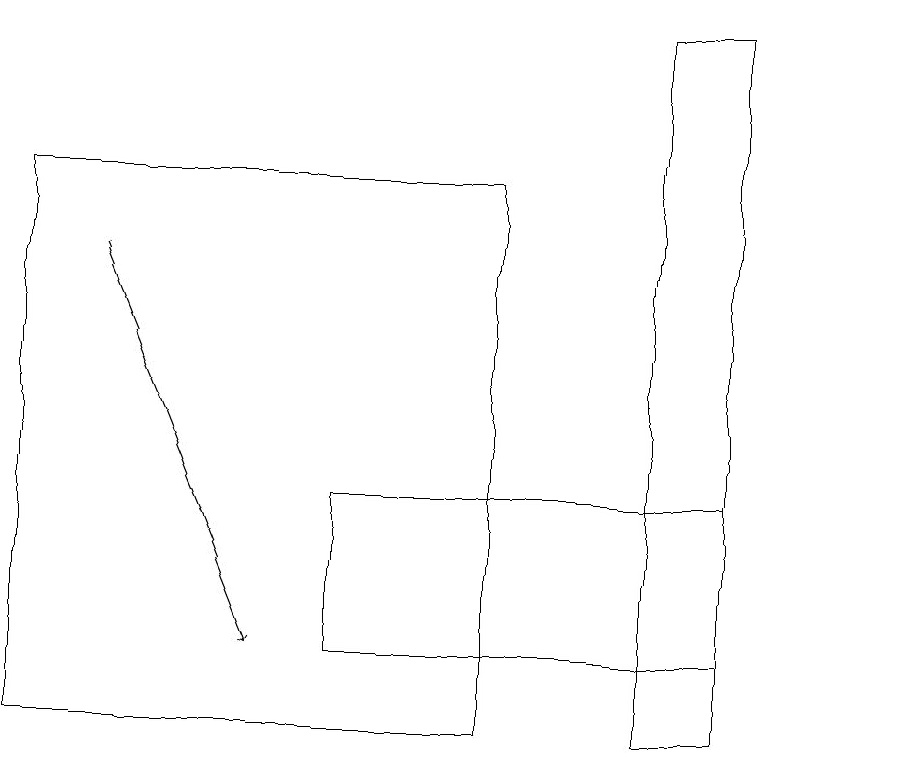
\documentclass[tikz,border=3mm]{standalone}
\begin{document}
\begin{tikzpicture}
\draw (9,10) rectangle (8,19);
\draw (6,10) rectangle (0,17);
\draw (4,11) rectangle (9,13);
\draw[->] (1,16) -- (3,11);
\draw (11,12) circle (0);
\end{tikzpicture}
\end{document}